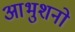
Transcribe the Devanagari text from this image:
आभुशनो